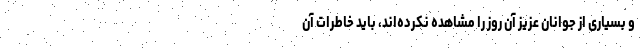
و بسیاری از جوانان عزیز آن روز را مشاهده نکرده‌اند، باید خاطرات آن